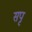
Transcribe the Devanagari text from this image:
सपृ